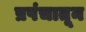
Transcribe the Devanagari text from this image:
प्रपंचातून